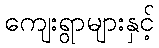
ကျေးရွာများနှင့်